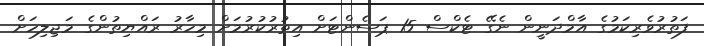
ފަތުރުވެރިކަމުގެ އާމްދަނީން ނެގޭ ޓެކްސް 15 ޕަސެންޓަށް އިތުރުކުރުމަށް މިހާރު ރައްޔިތުންގެ މަޖިލިހަށް